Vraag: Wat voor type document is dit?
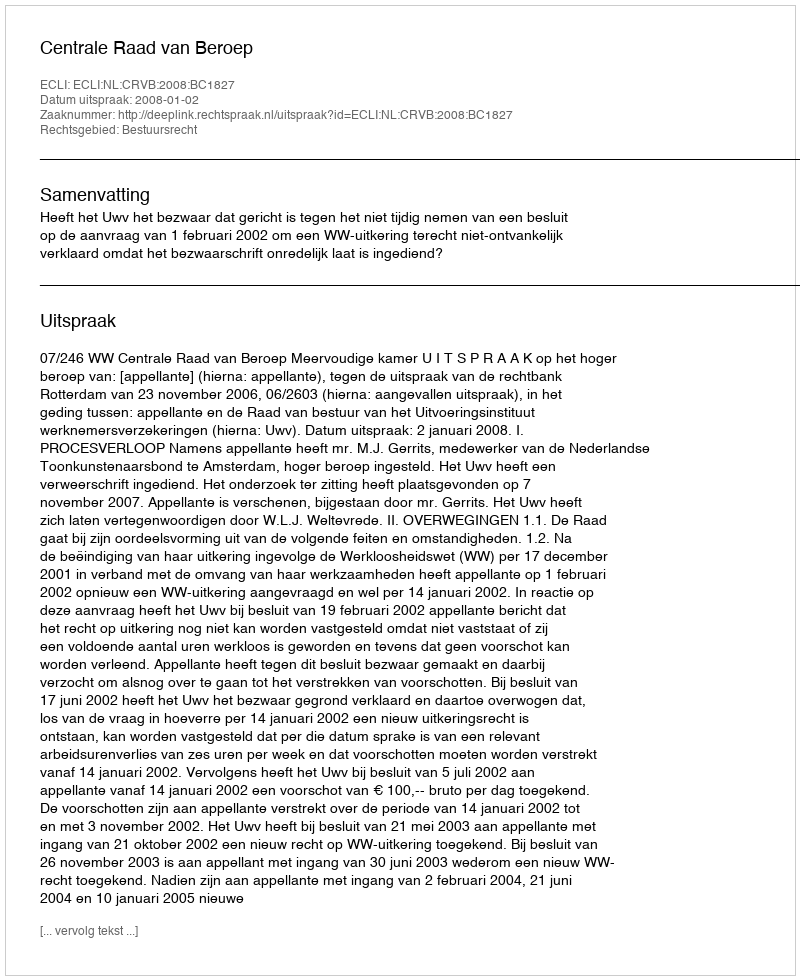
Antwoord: Uitspraak